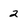
Character: 2